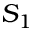
S _ { 1 }